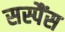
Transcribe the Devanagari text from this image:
सस्पैंस